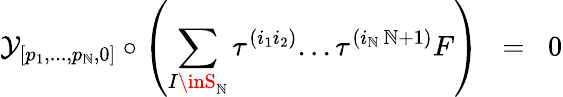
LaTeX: {\cal{Y}}_{[p_{1},...,p_{\mathbb{N}},0]}\circ\left(\sum_{I\inS_{\mathbb{N}}}\tau^{(i_{1}i_{2})}...\tau^{(i_{\mathbb{N}}\, \mathbb{N}+1)}F\right)\; \; =\; \; 0